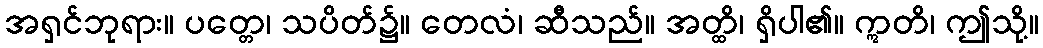
အရှင်ဘုရား။ ပတ္တေ၊ သပိတ်၌။ တေလံ၊ ဆီသည်။ အတ္ထိ၊ ရှိပါ၏။ ဣတိ၊ ဤသို့။